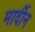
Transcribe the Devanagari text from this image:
मार्दीन